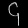
Digit: ၄